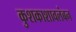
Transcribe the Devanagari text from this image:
कुशकाशावलंबन